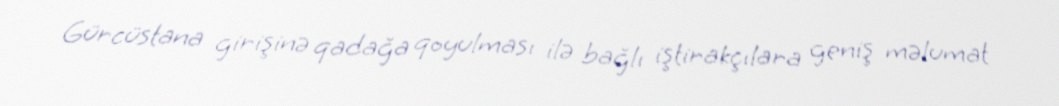
Gürcüstana girişinə qadağa qoyulması ilə bağlı iştirakçılara geniş məlumat